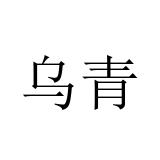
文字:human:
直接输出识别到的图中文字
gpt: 乌青